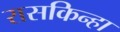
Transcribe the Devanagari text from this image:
रासकिन्हा